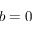
b = 0